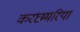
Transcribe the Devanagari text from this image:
करछमरिया